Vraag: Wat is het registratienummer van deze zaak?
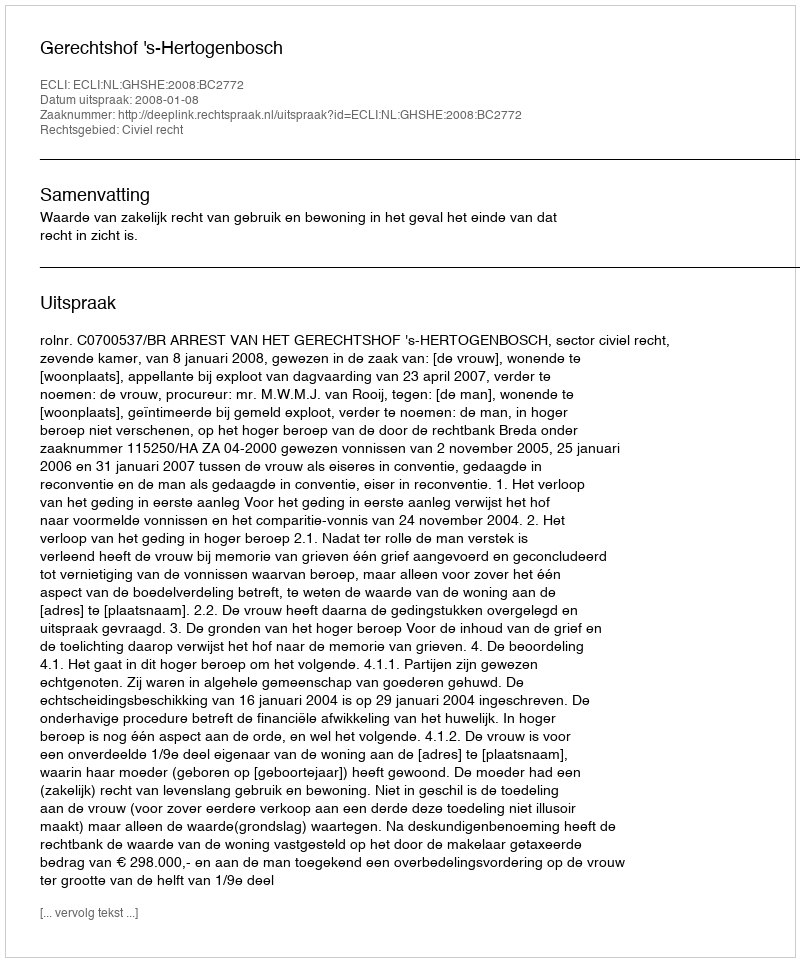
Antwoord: http://deeplink.rechtspraak.nl/uitspraak?id=ECLI:NL:GHSHE:2008:BC2772